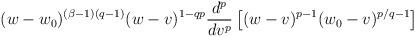
LaTeX: \begin{align*}(w-w_0)^{(\beta-1)(q-1)} (w-v)^{1-qp} \frac{d^p}{dv^p} \left[(w-v)^{p-1} (w_0-v)^{p/q-1}\right]\end{align*}